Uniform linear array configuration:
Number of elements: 24
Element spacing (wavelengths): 0.75
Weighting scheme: hamming
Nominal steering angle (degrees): -30
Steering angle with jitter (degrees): -30.719
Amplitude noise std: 0.05
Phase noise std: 0.05

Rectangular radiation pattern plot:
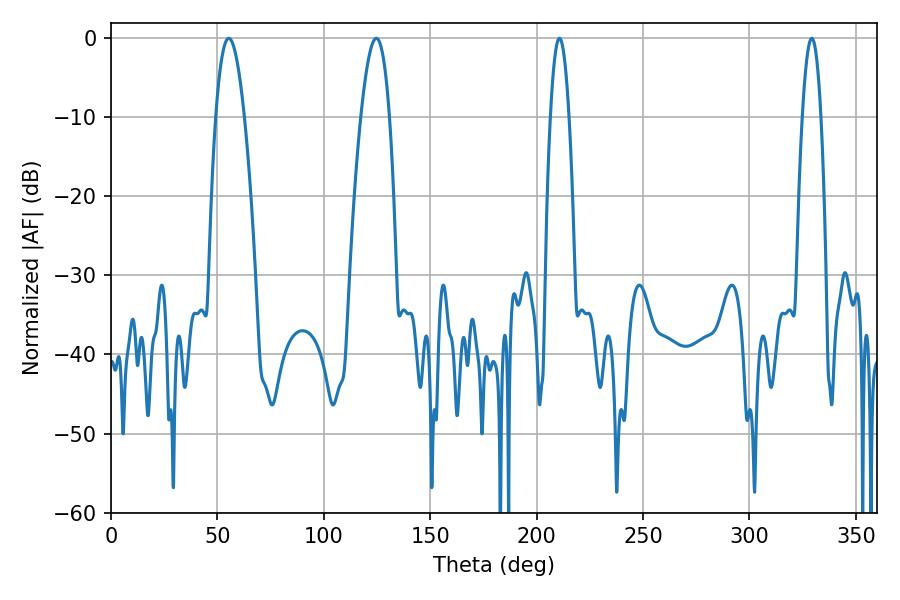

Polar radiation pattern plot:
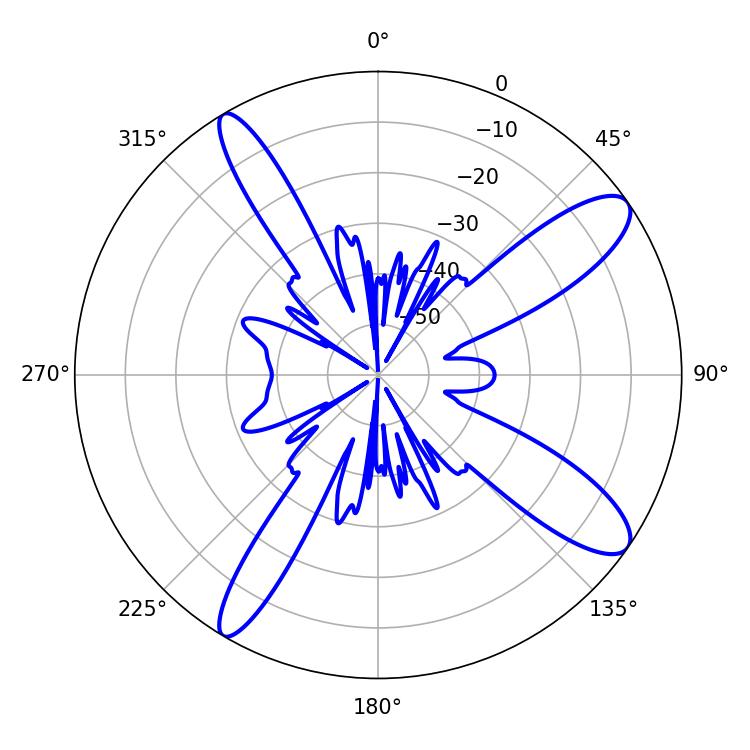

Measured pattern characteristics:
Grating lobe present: TRUE
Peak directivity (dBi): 11.679
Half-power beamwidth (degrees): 7.38
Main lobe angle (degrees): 55.26